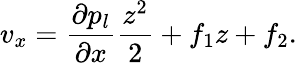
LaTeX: v_{x}=\frac{\partial p_{l}}{\partial x}\frac{z^{2}}{2}+f_{1}z+f_{2}.